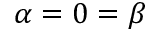
\alpha = 0 = \beta